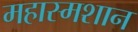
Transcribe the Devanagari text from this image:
महास्मशान